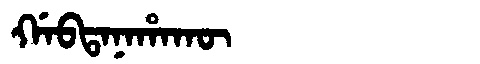
Manchu: ᡤᠠᠪᡨᠠᠨᠠᡥᠠᡴᡡ
Romanization: GABTANAHAKŪ